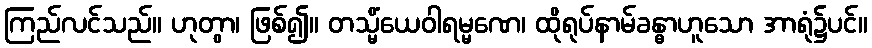
ကြည်လင်သည်။ ဟုတွာ၊ ဖြစ်၍။ တသ္မိံယေဝါရမ္မဏေ၊ ထိုရုပ်နာမ်ခန္ဓာဟူသော အာရုံ၌ပင်။